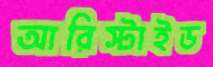
আরিস্টাইড